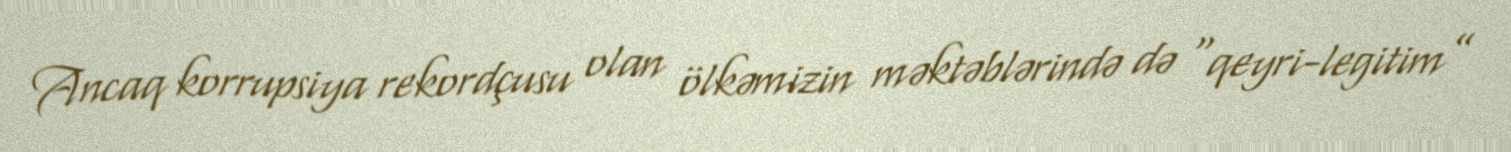
Ancaq korrupsiya rekordçusu olan ölkəmizin məktəblərində də “qeyri-legitim”